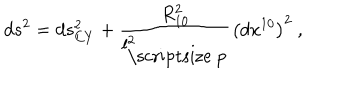
d s ^ { 2 } = d s _ { C Y } ^ { 2 } + { \frac { R _ { 1 0 } ^ { 2 } } { l _ { \mathrm { \scriptsize ~ p } } ^ { 2 } } } \left( d x ^ { 1 0 } \right) ^ { 2 } ~ ,